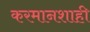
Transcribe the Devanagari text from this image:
करमानशाही